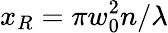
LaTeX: x_{R}=\pi w_{0}^{2}n/\lambda